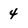
Character: 4